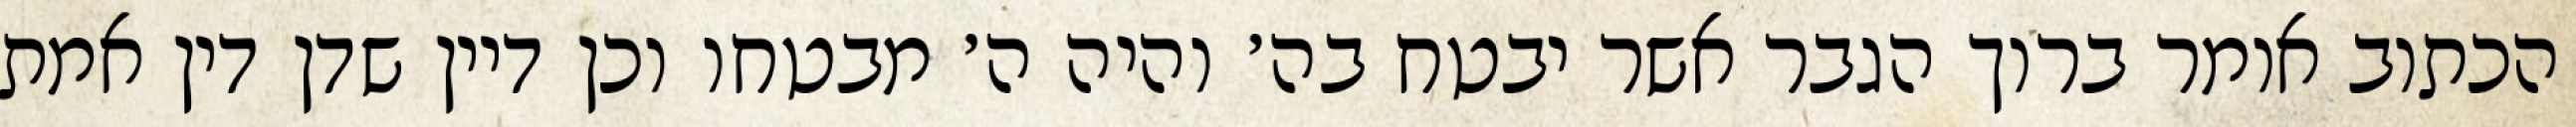
הכתוב אומר ברוך הגבר אשר יבטח בה׳ והיה ה׳ מבטחו וכן דיין שדן דין אמת